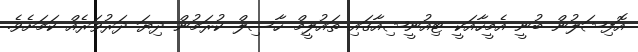
އޮފިޝަލުން ބުނީ އެމީހާއަކީ ޓިއުނީޝިއާގައި ތައުލީމް ހާސިލް ކުރަމުން ދިޔަ ދަރުވަރެއް ކަމަށެވެ.